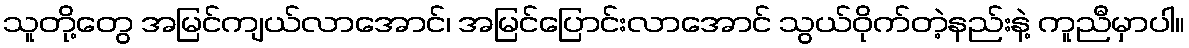
သူတို့တွေ အမြင်ကျယ်လာအောင်၊ အမြင်ပြောင်းလာအောင် သွယ်ဝိုက်တဲ့နည်းနဲ့ ကူညီမှာပါ။